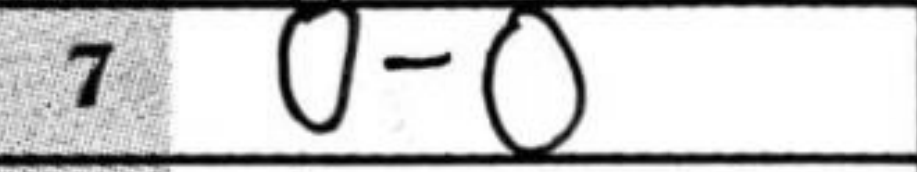
Transcription: O-O